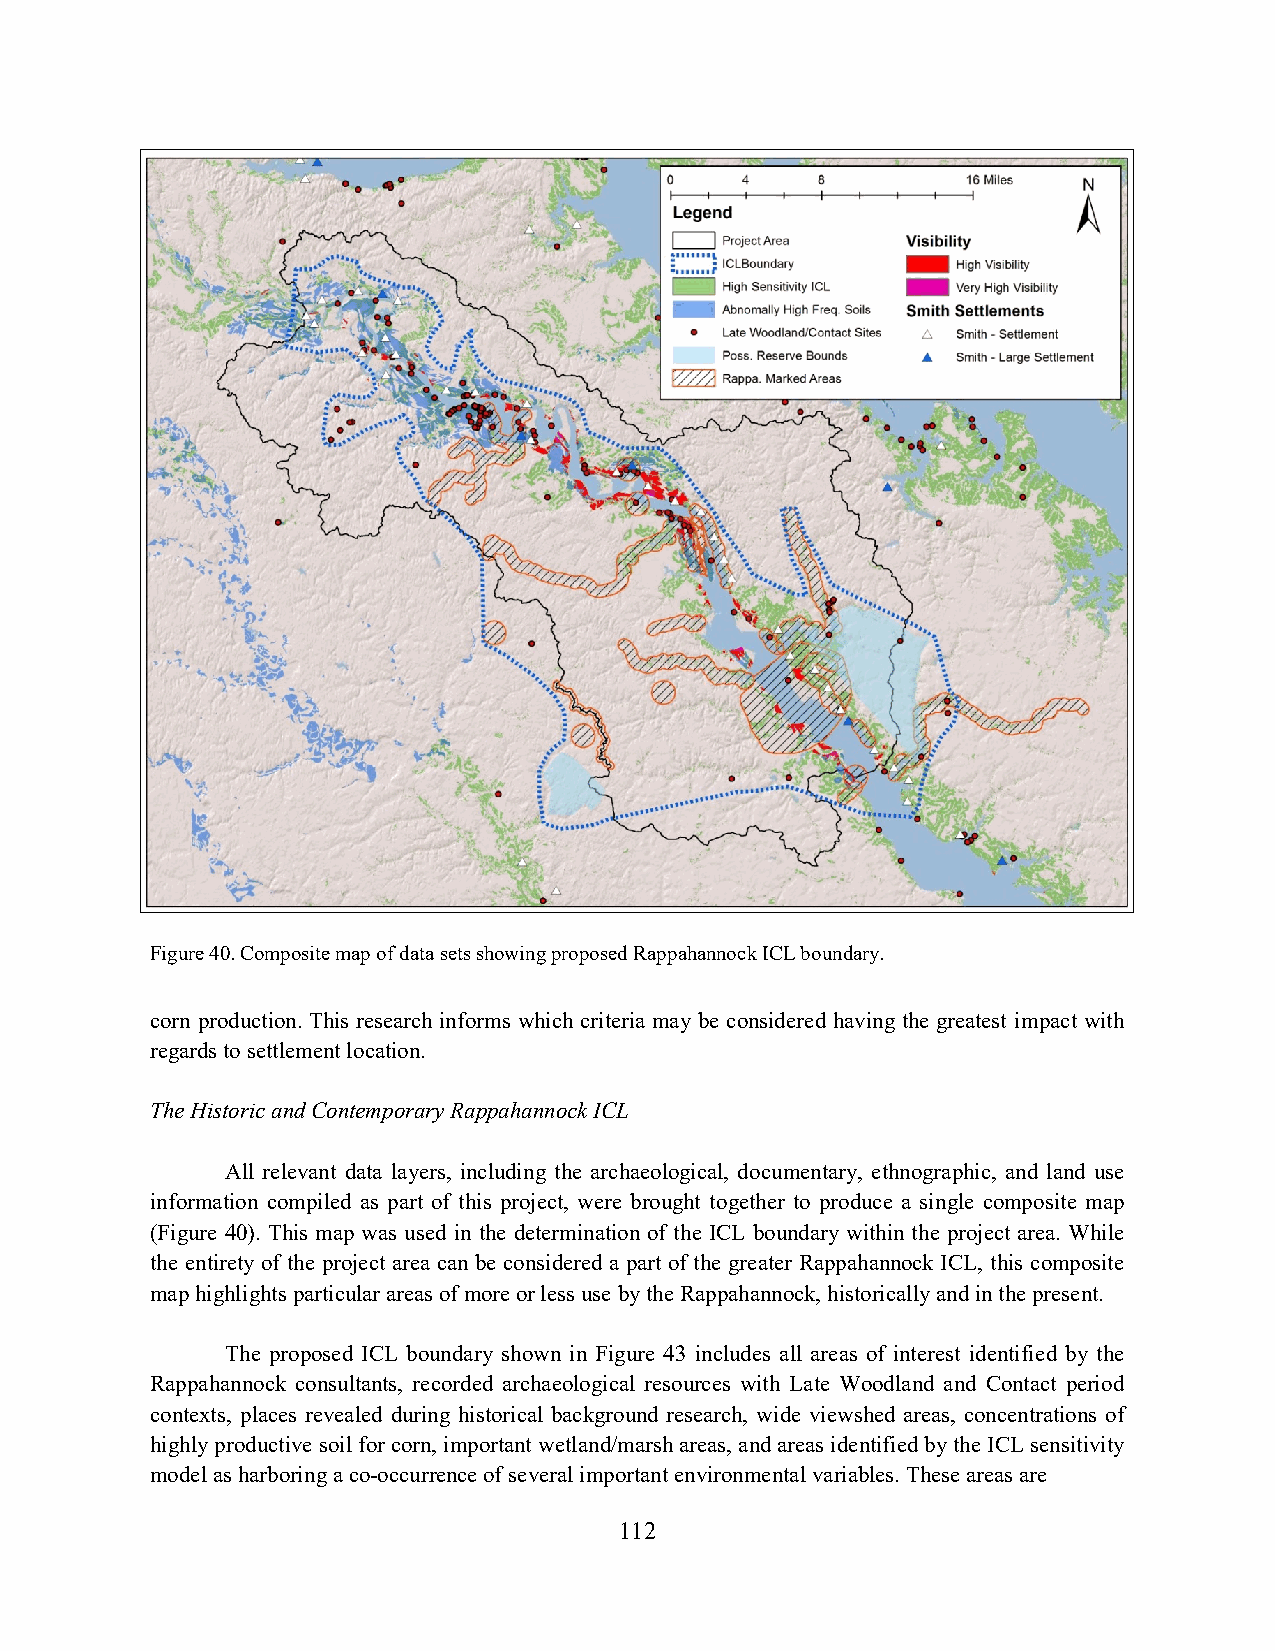
Figure 40. Composite map of data sets showing proposed Rappahannock ICL boundary.
 corn production. This research informs which criteria may be considered having the greatest impact with
 regards to settlement location.
 The Historic and Contemporary Rappahannock ICL
 All relevant data layers, including the archaeological, documentary, ethnographic, and land use
 information compiled as part of this project, were brought together to produce a single composite map
 (Figure 40). This map was used in the determination of the ICL boundary within the project area. While
 the entirety of the project area can be considered a part of the greater Rappahannock ICL, this composite
 map highlights particular areas of more or less use by the Rappahannock, historically and in the present.
 The proposed ICL boundary shown in Figure 43 includes all areas of interest identified by the
 Rappahannock consultants, recorded archaeological resources with Late Woodland and Contact period
 contexts, places revealed during historical background research, wide viewshed areas, concentrations of
 highly productive soil for corn, important wetland/marsh areas, and areas identified by the ICL sensitivity
 model as harboring a co-occurrence of several important environmental variables. These areas are
 112